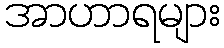
အာဟာရများ